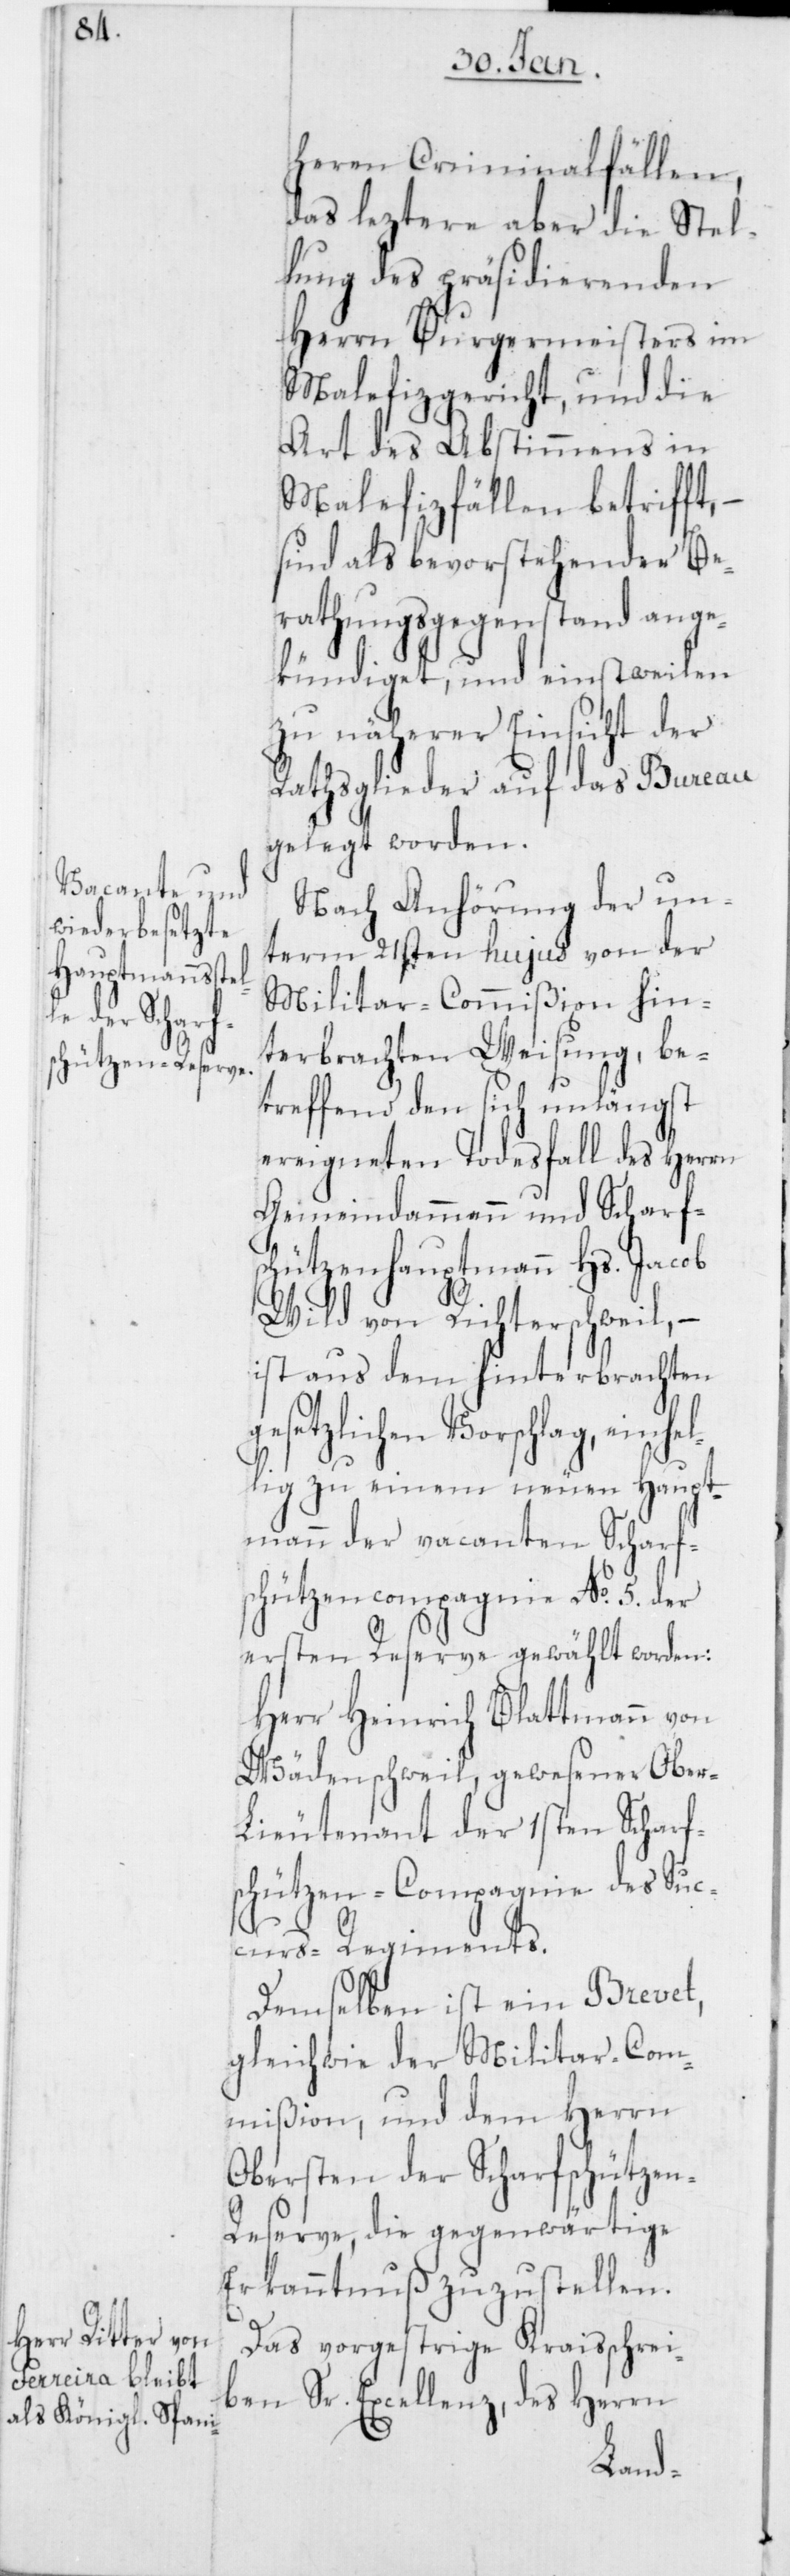
ge¬

heren Criminalfällen,
das leztere aber die Stel¬
lung des präsidierenden
Herrn Burgermeisters im
Malefizgericht, und die
Art des Abstimmens in
Malefizfällen betrifft, –
sind als bevorstehender Be¬
rathungsgegenstand ange¬
kündiget, und einstweilen
zu näherer Einsicht der
Rathsglieder auf das Bureau
gelegt worden.
Nach Anhörung der un¬
term 21sten hujus von der
Militar-Commißion hin¬
terbrachten Weisung, be¬
treffend den sich unlängst
ereigneten Todesfall des Herrn
Gemeindammann und Scharf¬
schützenhauptmann Hs. Jacob
Wild von Richterschweil, –
ist aus dem hinterbrachten
setzlichen Vorschlag, einh¬
ellig zu einem neuen Haupt¬
mann der vacanten Scharf¬
schützencompagnie No. 5. der
ersten Reserve gewählt worden:
Herr Heinrich Blattmann von
Wädenschweil, gewesener Ober-L¬
ieutenant der 1sten Scharf¬
schützen-Compagnie des Suc¬
curs-Regiments.
Demselben ist ein Brevet,
gleichwie der Militar-Com¬
mißion, und dem Herrn
Obersten der Scharfschütze¬
n-Reserve, die gegenwärtige
Erkanntnuß zuzustellen.
Das vorgestrige Kraisschrei¬
ben Sr. Excellenz, des Herrn